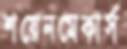
শয়েনমেকার্স